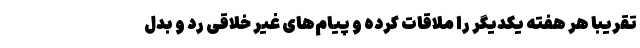
تقریبا هر هفته یکدیگر را ملاقات کرده و پیام‌های غیر خلاقی رد و بدل